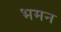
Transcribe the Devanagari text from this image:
भमन